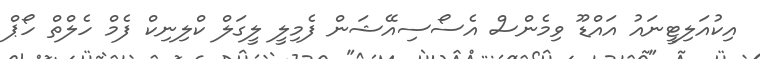
އިކުއަލިޓީނައު އައްޑޫ ވިމެންސް އެސޯސިއޭޝަން ފެމިލީ ލީގަލް ކްލިނިކް ފެމް ހެލްތް ހޯޕް